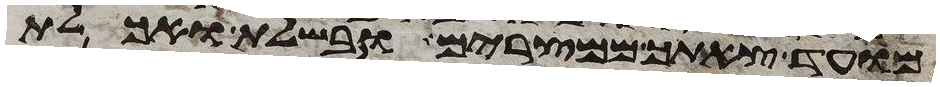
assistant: מועד צאתך ממצרים ובשלת ואכלת